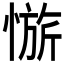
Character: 𱟀